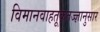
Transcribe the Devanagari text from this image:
विमानवाहतूकतज्ज्ञानुसार